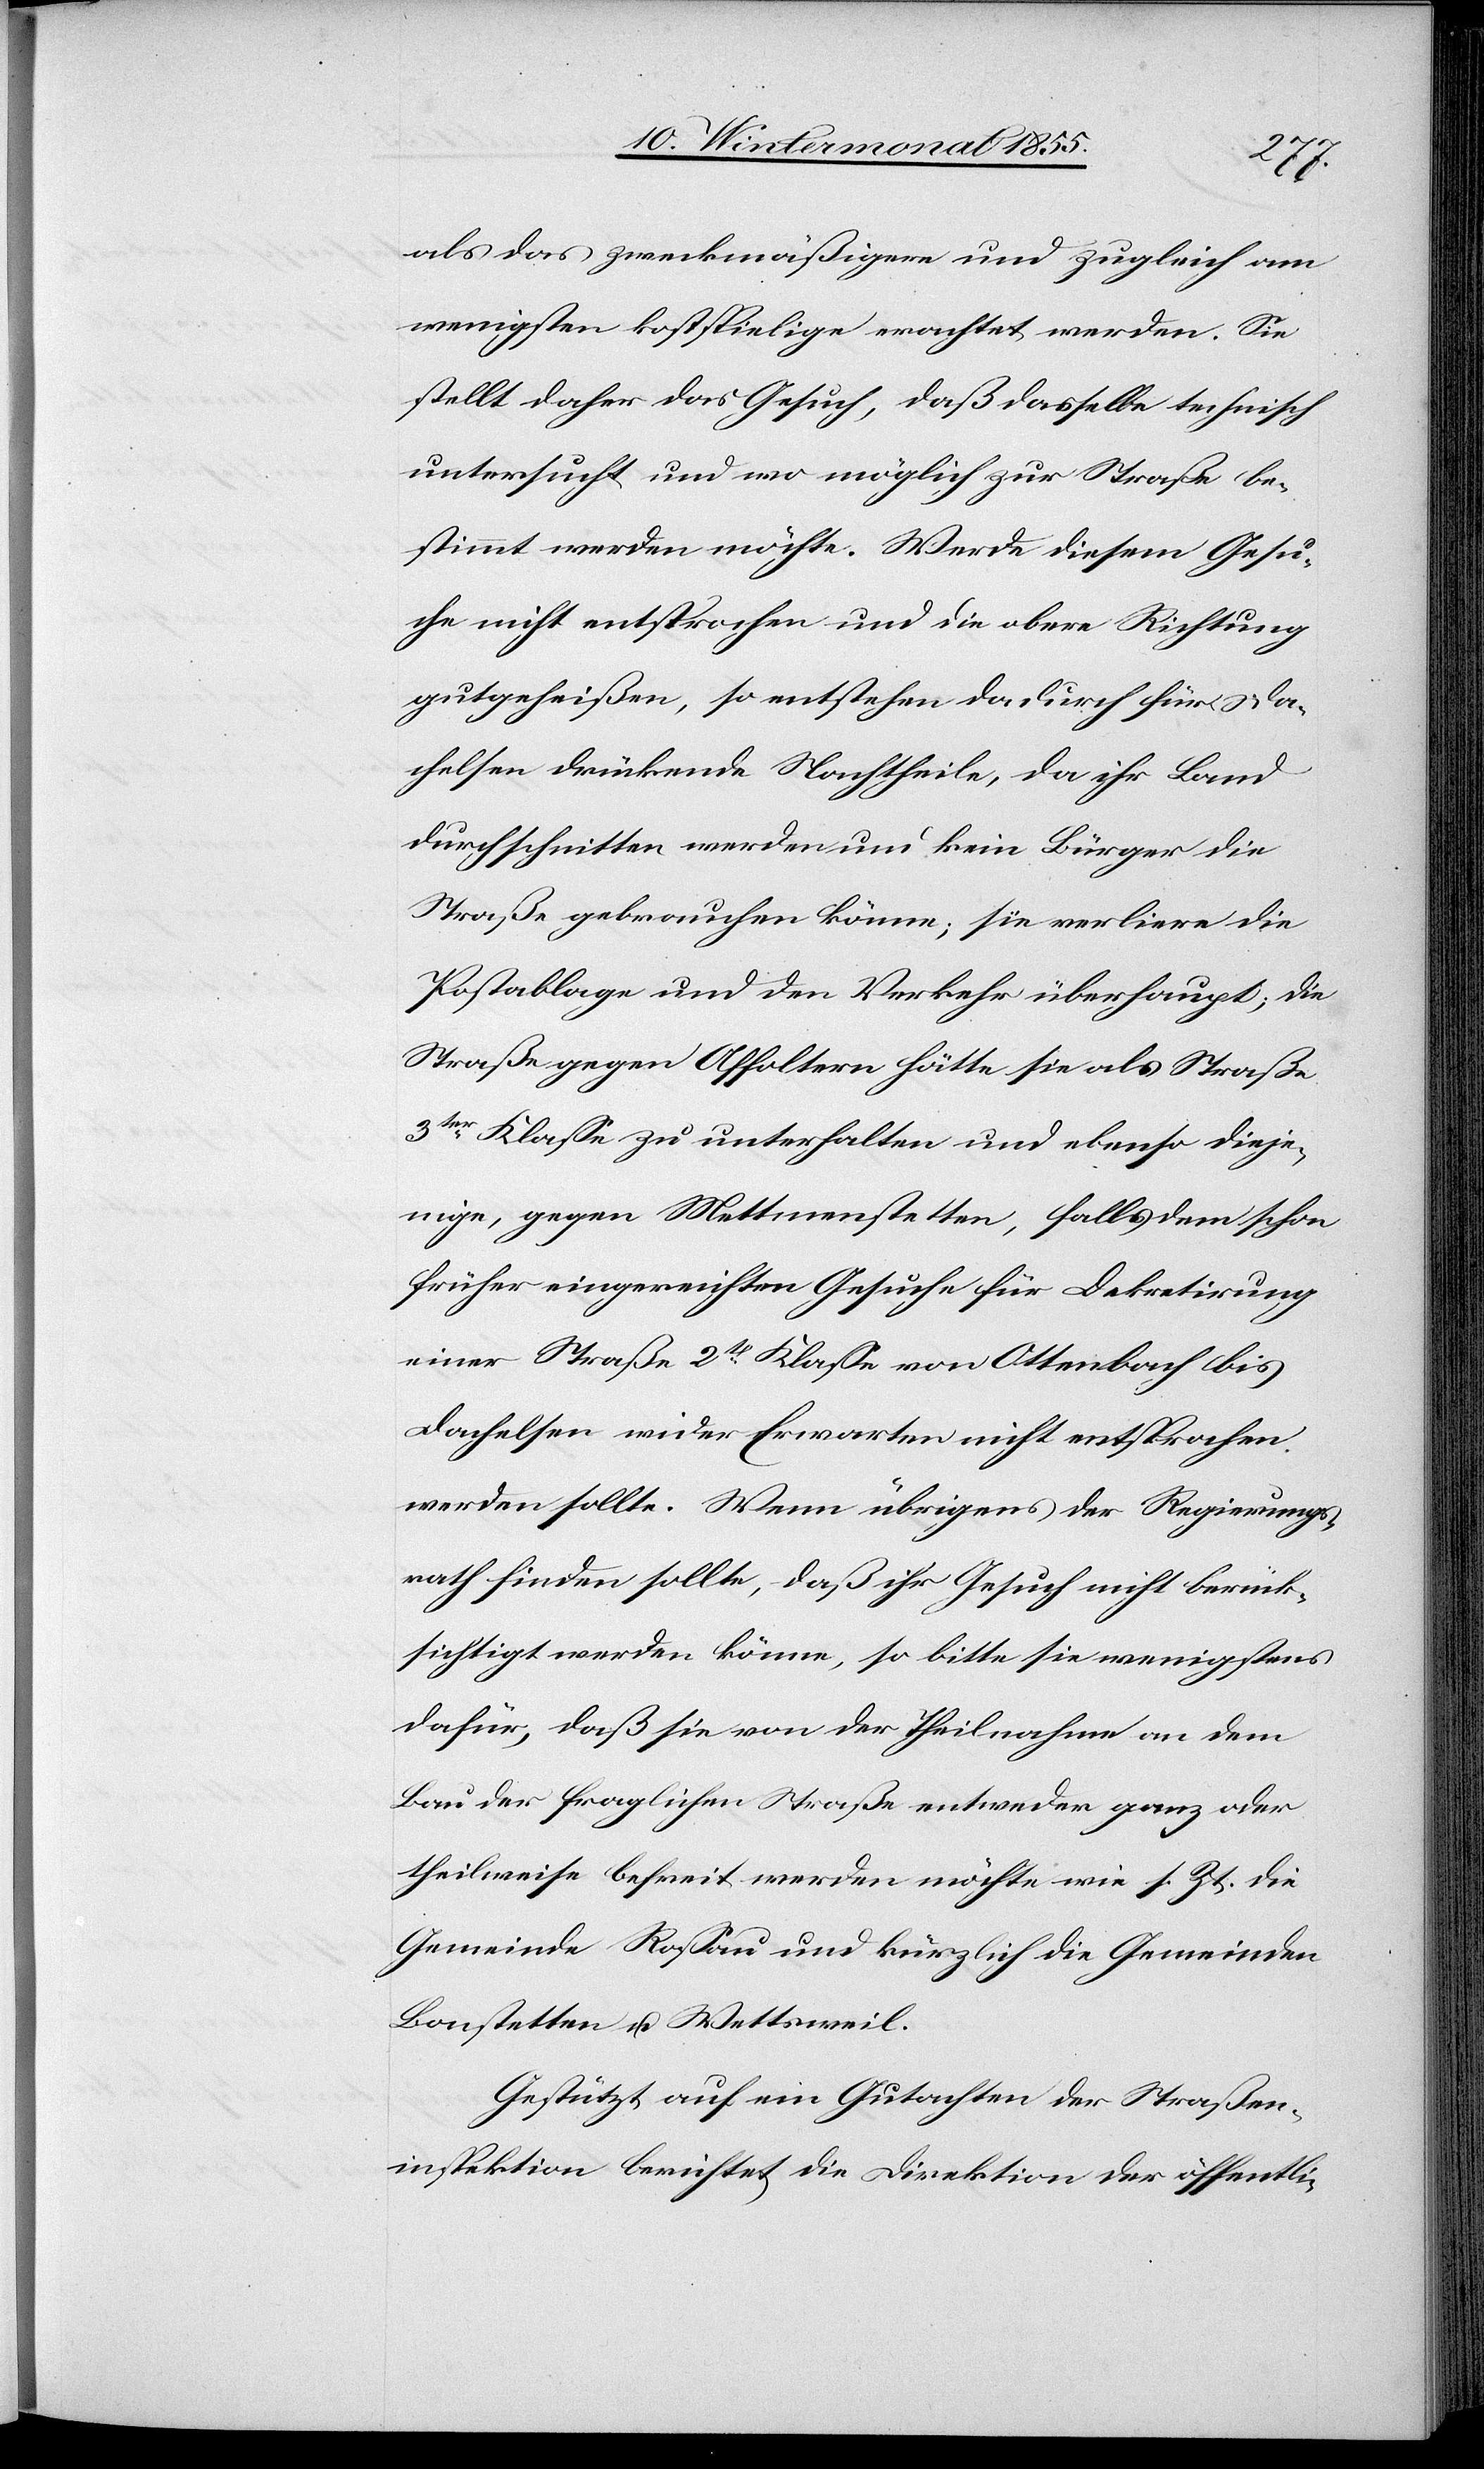
als das zweckmäßigere und zugleich am
wenigsten kostspielige erachtet werden. Sie
stellt daher das Gesuch, daß dasselbe technisch
untersucht und wo möglich zur Straße be¬
stimmt werden möchte. Werde diesem Gesu¬
che nicht entsprochen und die obere Richtung
gutgeheißen, so entstehen dadurch für Da¬
chelsen drückende Nachtheile, da ihr Land
durchschnitten werden und kein Bürger die
Straße gebrauchen könne; sie verliere die
Postablage und den Verkehr überhaupt; die
Straße gegen Affoltern hätte sie als Straße
3ter Klasse zu unterhalten und ebenso dieje¬
nige, gegen Mettmenstetten, falls dem schon
früher eingereichten Gesuche für Dekretirung
einer Straße 2t Klasse von Ottenbach bis
Dachelsen wider Erwarten nicht entsprochen
werden sollte. Wenn übrigens der Regierungs¬
rath finden sollte, daß ihr Gesuch nicht berück¬
sichtigt werden könne, so bitte sie wenigstens
dafür, daß sie von der Theilnahme an dem
Bau der fraglichen Straße entweder ganz oder
theilweise befreit werden möchte wie s. Zt. die
Gemeinde Rossau und kürzlich die Gemeinden
Bonstetten u. Wettsweil.
Gestützt auf ein Gutachten der Straßen¬
inspektion berichtet die Direktion der öffentli-